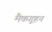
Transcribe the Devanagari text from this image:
मैकगूहन